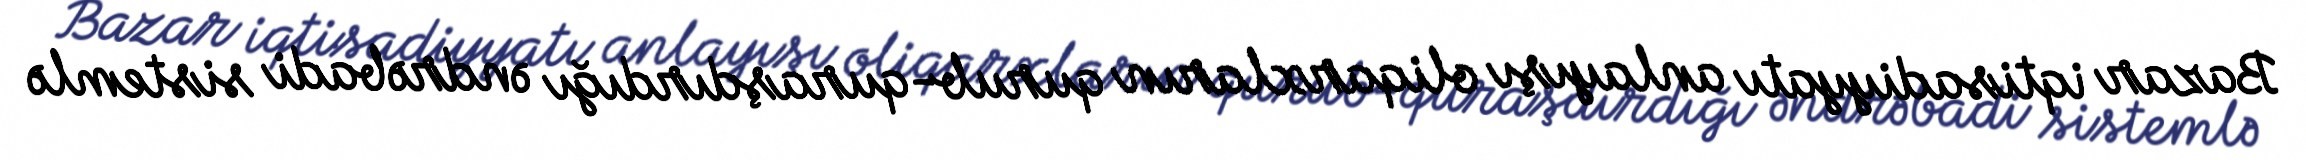
Bazar iqtisadiyyatı anlayışı oliqarxların qurub-quraşdırdığı əndrəbadi sistemlə